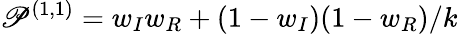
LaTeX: \mathscr{P}^{(1,1)}=w_{I}w_{R}+(1-w_{I})(1-w_{R})/k